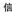
信